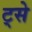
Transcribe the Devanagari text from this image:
ट्से